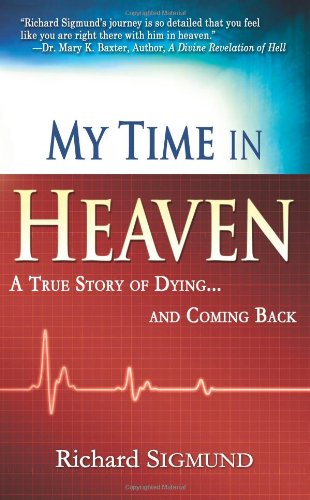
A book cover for My Time In Heaven; SIGMUND RICHARD; Christian Books & Bibles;